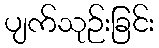
ပျက်သုဉ်းခြင်း